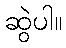
ဆွဲပါ။